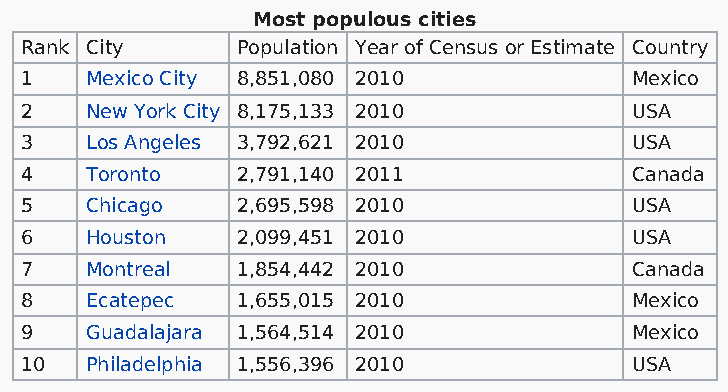
Most populous cities
 Rank City      Population Year of Census or Estimate Country
 1    Mexico City 8,851,080 2010          Mexico
 2    New York City 8,175,133 2010        USA
 3    Los Angeles 3,792,621 2010          USA
 4    Toronto   2,791,140 2011            Canada
 5    Chicago   2,695,598 2010            USA
 6    Houston   2,099,451 2010            USA
 7    Montreal  1,854,442 2010            Canada
 8    Ecatepec  1,655,015 2010            Mexico
 9    Guadalajara 1,564,514 2010          Mexico
 10   Philadelphia 1,556,396 2010         USA